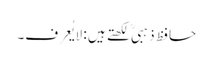
حافظ ذہبی ؒ لکھتے ہیں : لایُعرف۔